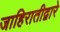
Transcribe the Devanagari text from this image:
जाहिरातीद्वारे